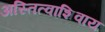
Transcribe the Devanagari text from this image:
अस्तित्वाशिवाय